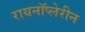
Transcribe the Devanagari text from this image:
रायनॉप्लेरीन